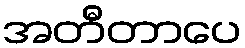
အတီတာပေ